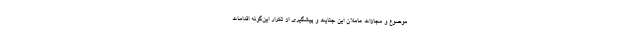
موضوع و مجازات عاملان اين جنايت و پيشگيري از تكرار اين‌گونه اقدامات